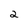
Character: 2